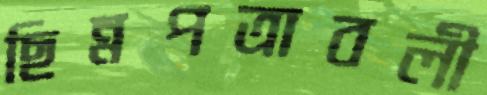
ছিন্নপত্রাবলী